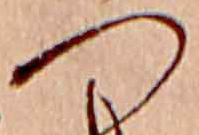
つ